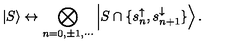
\left| S \right\rangle \leftrightarrow \bigotimes _ { n = 0 , \pm 1 , \cdots } \left| S \cap \{ s _ { n } ^ { \uparrow } , s _ { n + 1 } ^ { \downarrow } \} \right\rangle .